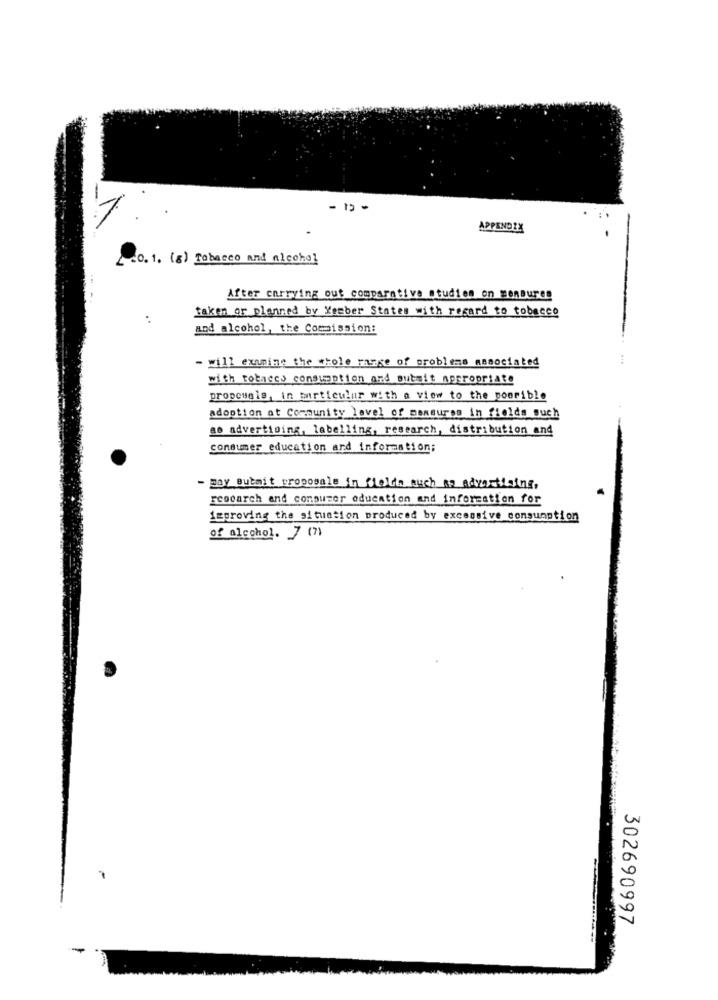
- 12 -
-
APPENDIX
10.1. (s) Tobacco and alcohol
After carrying out comparative studien on menBures
taken or planned by Member States with regard to tobacco
and alcohol, the Commission:
- will examine the whole range of problems associated
with tobacco consumption and submit appropriate
propcuals, in martieulur with a view to the poorible
adoption at Community level of mansures in fields such
ao advertising, labelling, research, distribution and
consumer education ard information;
- may Butmit proposale in flotte much as advertising,
research and consumer education and information for
improving the situation produced by excessive consumption
of alcohol. 7 (7)
302690997